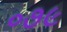
૦૭૯